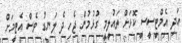
އަދި އެމްޓީސީސީ ކޮޅަށް ތައުލީމީ ގުޅުމުން ޖެހި ދެ ލަނޑު ވެސް އެޓީމަށް